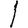
Digit: 1